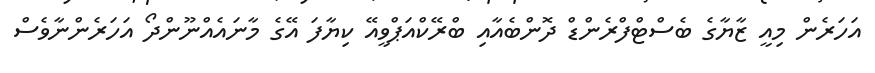
އަހަރެން މިއީ ޒާޔާގެ ބެސްޓްފްރެންޑް ދޮންބެއާއި ބްރޭކްއަޕްވީއޭ ކިޔާފަ އޭގެ މާނައެއްނޫންދޯ އަހަރެންނާވެސް